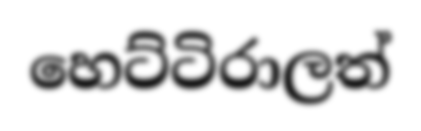
හෙට්ටිරාලත්